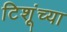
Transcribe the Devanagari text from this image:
टिशूंच्या